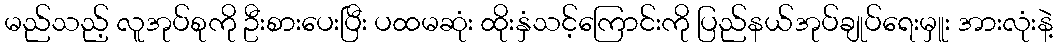
မည်သည့် လူအုပ်စုကို ဦးစားပေးပြီး ပထမဆုံး ထိုးနှံသင့်ကြောင်းကို ပြည်နယ်အုပ်ချုပ်ရေးမှူး အားလုံးနဲ့